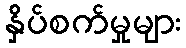
နှိပ်စက်မှုများ